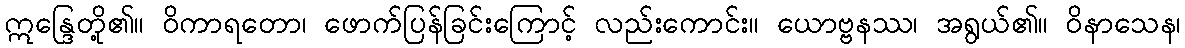
ဣန္ဒြေတို့၏။ ဝိကာရတော၊ ဖောက်ပြန်ခြင်းကြောင့် လည်းကောင်း။ ယောဗ္ဗနဿ၊ အရွယ်၏။ ဝိနာသေန၊